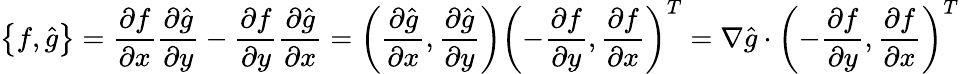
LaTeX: \left\{ f,\hat{g}\right\} =\frac{\partial f}{\partial x}\frac{\partial\hat{g}}{\partial y}-\frac{\partial f}{\partial y}\frac{\partial\hat{g}}{\partial x}=\left(\frac{\partial\hat{g}}{\partial x},\frac{\partial\hat{g}}{\partial y}\right)\left(-\frac{\partial f}{\partial y},\frac{\partial f}{\partial x}\right)^{T}=\nabla\hat{g}\cdot\left(-\frac{\partial f}{\partial y},\frac{\partial f}{\partial x}\right)^{T}